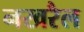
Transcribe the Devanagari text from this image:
नखरैल